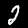
Label: 2